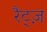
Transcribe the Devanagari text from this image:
रैट्ज़